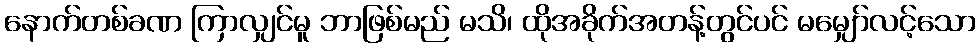
နောက်တစ်ခဏ ကြာလျှင်မူ ဘာဖြစ်မည် မသိ၊ ထိုအခိုက်အတန့်တွင်ပင် မမျှော်လင့်သော